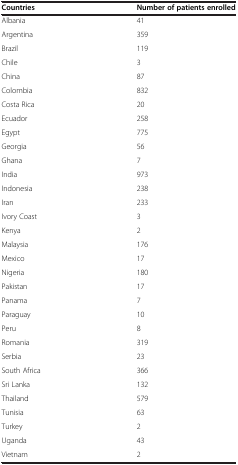
| Countries | Number of patients enrolled |
 | --- | --- |
 | Albania | 41 |
 | Argentina | 359 |
 | Brazil | 119 |
 | Chile | 3 |
 | China | 87 |
 | Colombia | 832 |
 | Costa Rica | 20 |
 | Ecuador | 258 |
 | Egypt | 775 |
 | Georgia | 56 |
 | Ghana | 7 |
 | India | 973 |
 | Indonesia | 238 |
 | Iran | 233 |
 | Ivory Coast | 3 |
 | Kenya | 2 |
 | Malaysia | 176 |
 | Mexico | 17 |
 | Nigeria | 180 |
 | Pakistan | 17 |
 | Panama | 7 |
 | Paraguay | 10 |
 | Peru | 8 |
 | Romania | 319 |
 | Serbia | 23 |
 | South Africa | 366 |
 | Sri Lanka | 132 |
 | Thailand | 579 |
 | Tunisia | 63 |
 | Turkey | 2 |
 | Uganda | 43 |
 | Vietnam | 2 |